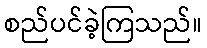
စည်ပင်ခဲ့ကြသည်။